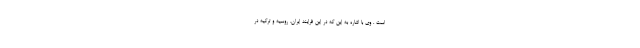
است . وی با اشاره به این که در این فرایند ایران، روسیه و ترکیه در